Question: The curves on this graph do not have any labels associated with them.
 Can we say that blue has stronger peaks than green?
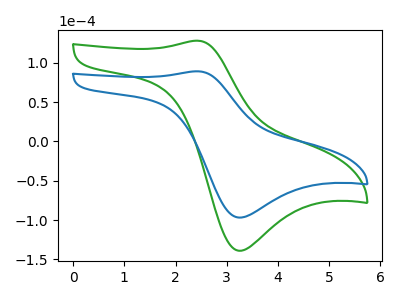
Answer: <think>The green curve "green" has an anodic peak at (2.45V, 128.15uA) and a cathodic peak at (3.25V, -139.05uA). The blue curve "blue" has an anodic peak at (2.45V, 89.20uA) and a cathodic peak at (3.25V, -96.80uA).</think>
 <answer>Every peak in "blue" is lower than every peak in "green".</answer>
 <eval>lower</eval>